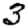
Digit: 3